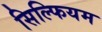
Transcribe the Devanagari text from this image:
सिल्फियम